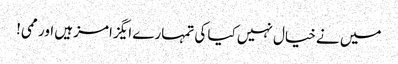
میں نے خیال نہیں کیا کی تمہارے ایگزامز ہیں اور ممی!